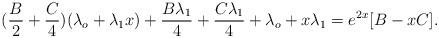
LaTeX: \begin{align*}(\frac{B}{2}+\frac{C}{4})(\lambda_o+\lambda_1x)+\frac{B\lambda_{1}}{4}+\frac{C\lambda_1}{4}+\lambda_o+x\lambda_1=e^{2x}[B-xC].\end{align*}